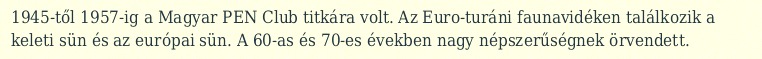
1945-től 1957-ig a Magyar PEN Club titkára volt. Az Euro-turáni faunavidéken találkozik a keleti sün és az európai sün. A 60-as és 70-es években nagy népszerűségnek örvendett.